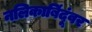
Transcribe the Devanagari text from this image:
नलिकाबिंदूंवर